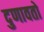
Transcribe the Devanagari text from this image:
दुणावतो